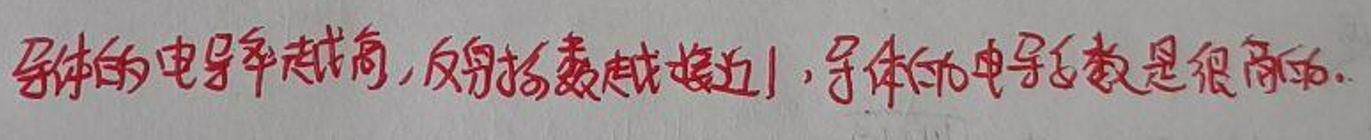
导体的电导率越高，反射指数越接近1，导体的电导系数是很高的。